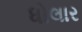
ધોલાર